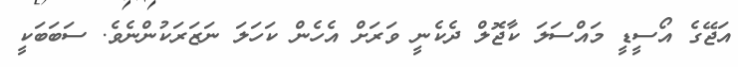
އަޖޭގެ އޯސީޑީ މައްސަލަ ކާޖޮލް ދެކެނީ ވަރަށް އެހެން ކަހަލަ ނަޒަރަކުންނެވެ. ސަބަބަކީ